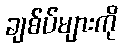
ချစ်ပ်များကို